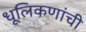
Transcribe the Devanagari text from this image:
धूलिकणांची